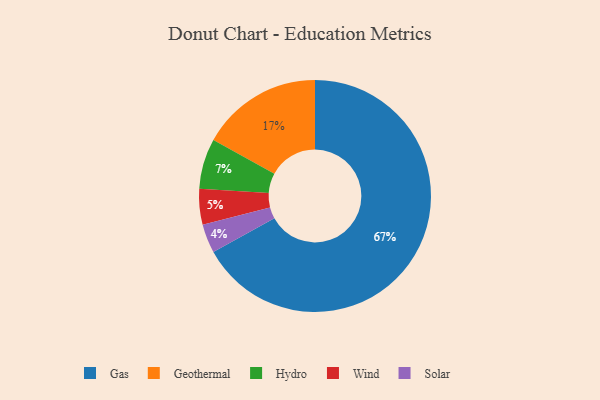
{"axis": {"x": "Category", "y": "Percentage"}, "legend": ["Gas", "Geothermal", "Hydro", "Solar", "Wind"], "data": [{"x": "Solar", "y": 4, "type": "Solar"}, {"x": "Geothermal", "y": 17, "type": "Geothermal"}, {"x": "Wind", "y": 5, "type": "Wind"}, {"x": "Gas", "y": 67, "type": "Gas"}, {"x": "Hydro", "y": 7, "type": "Hydro"}]}